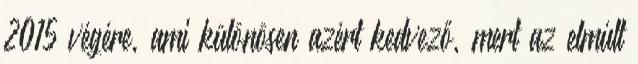
2015 végére, ami különösen azért kedvező, mert az elmúlt